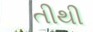
તીથી